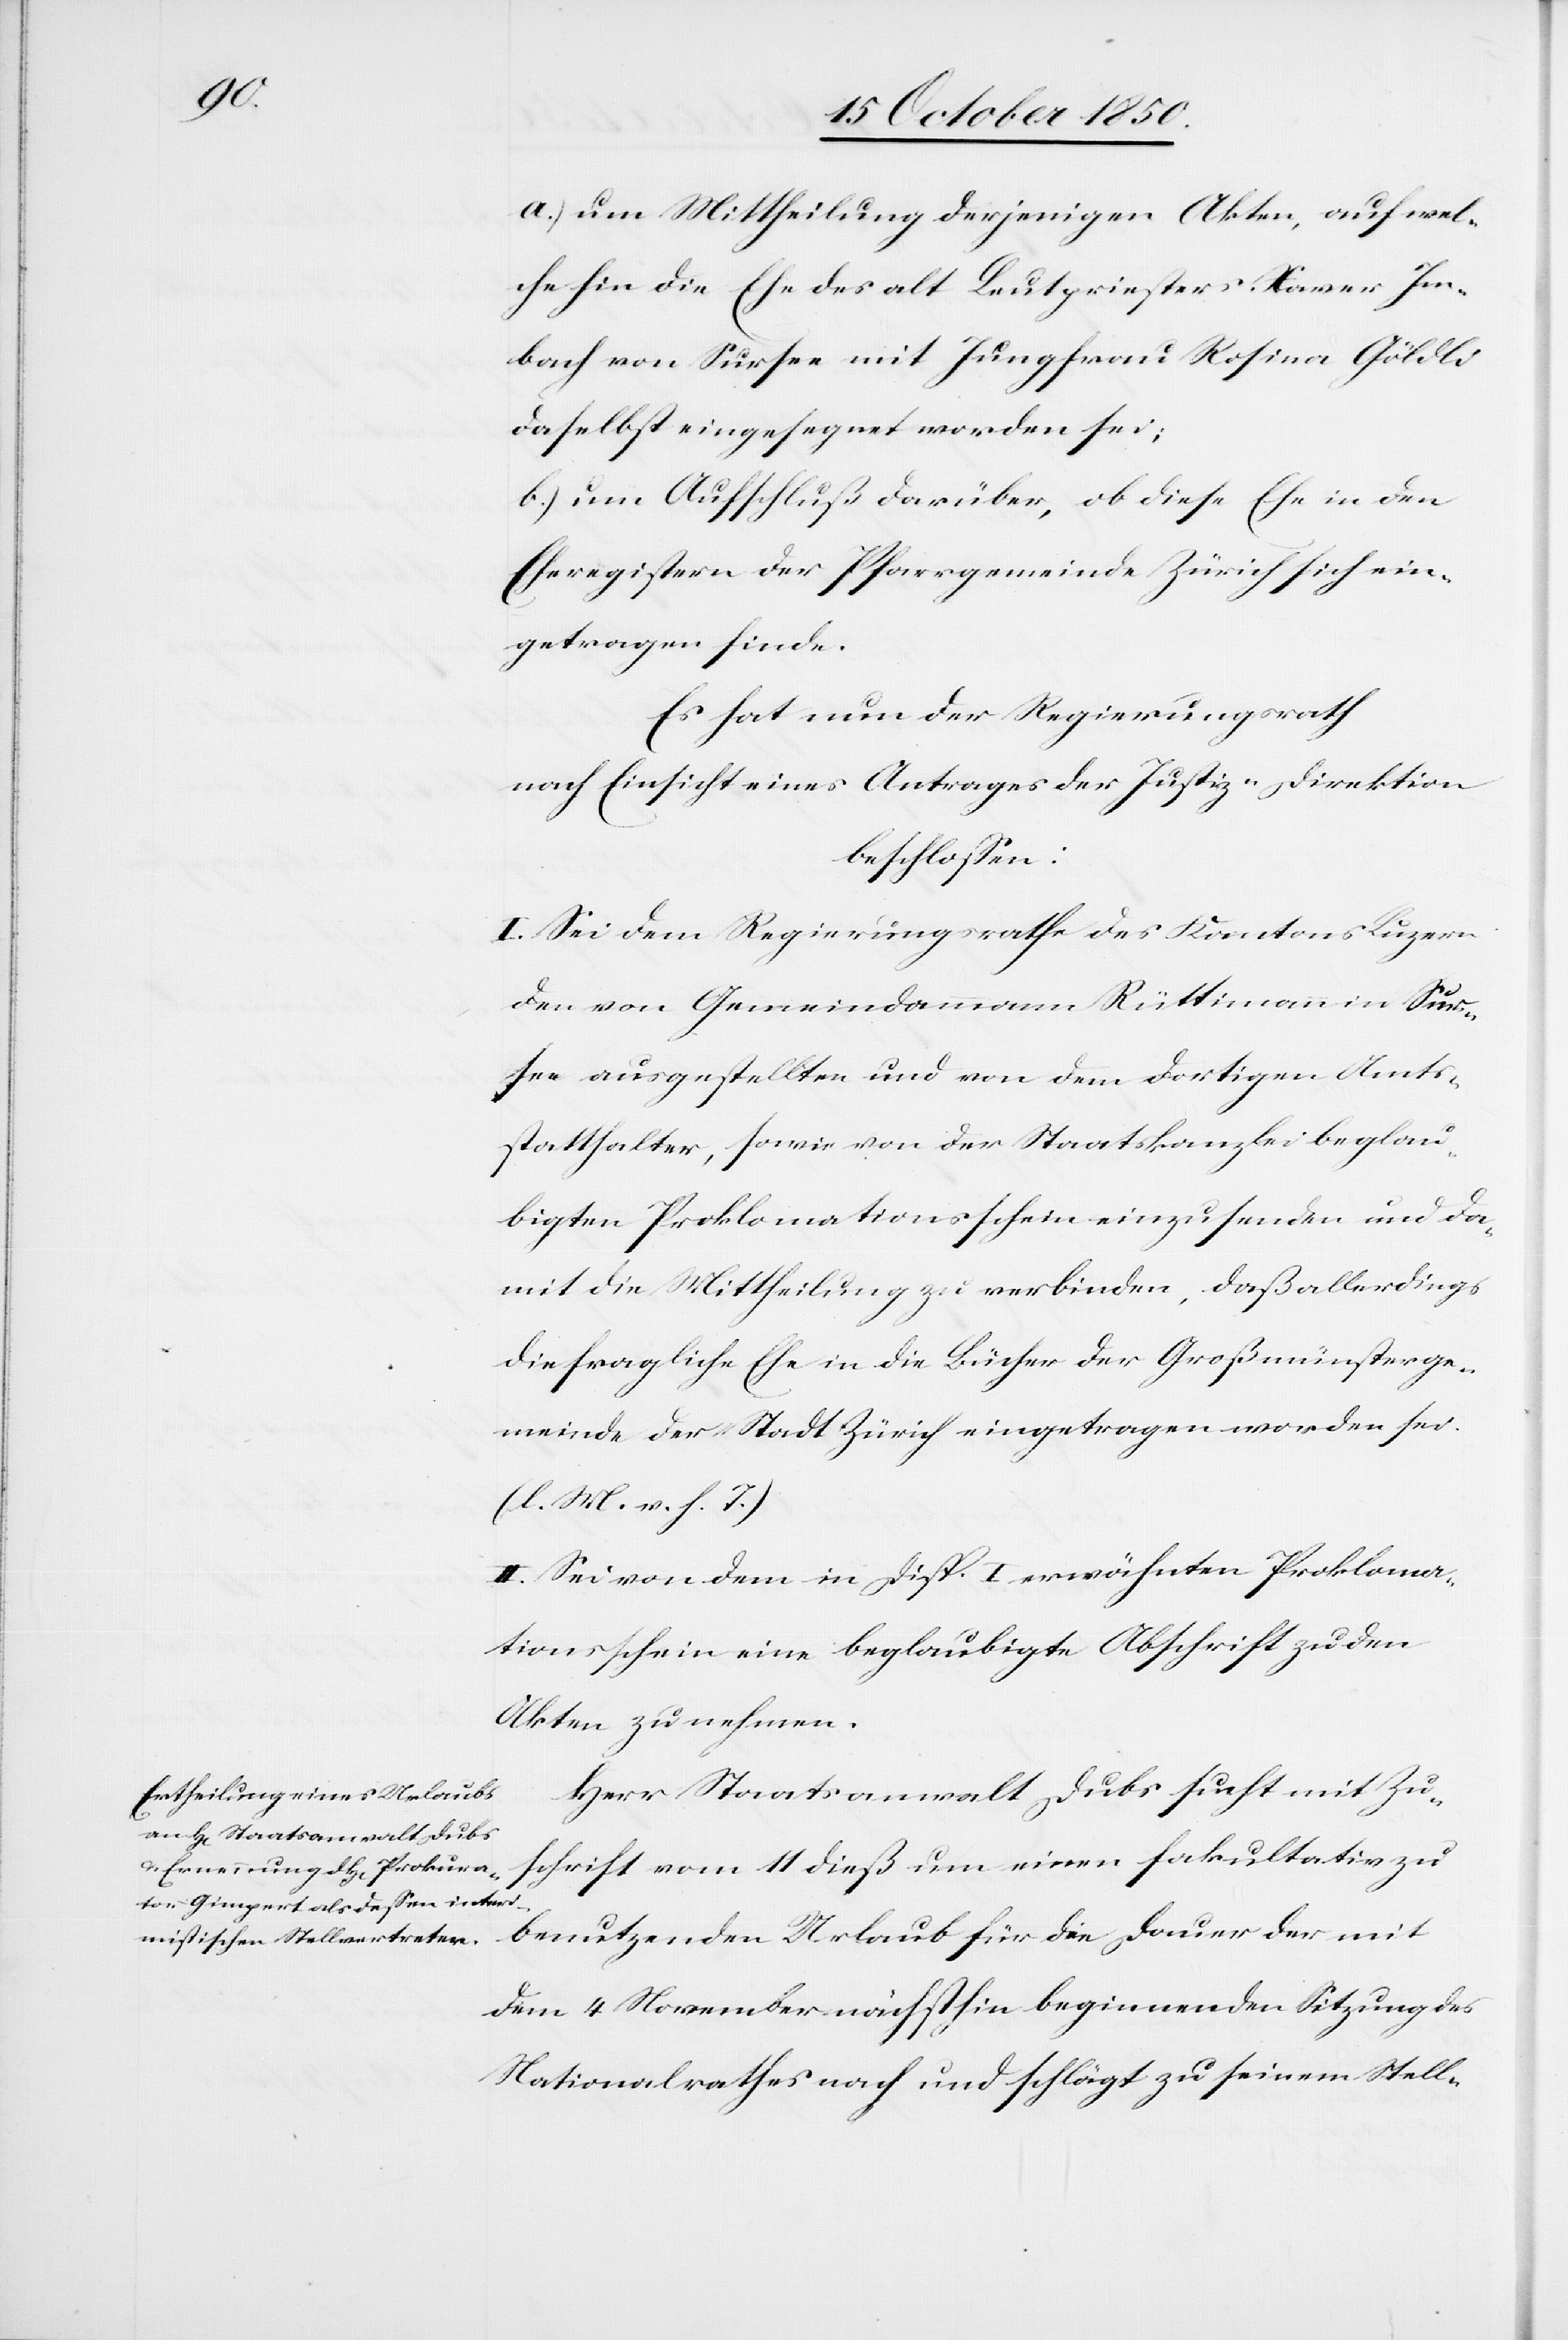
a.) um Mittheilung derjenigen Akten, auf wel¬
che hin die Ehe des alt Leutpriesters Xaver Im¬
bach von Sursee mit Jungfrau Rosina Göldli
daselbst eingesegnet worden sei;
b.) um Aufschluß darüber, ob diese Ehe in den
Eheregistern der Pfarrgemeinde Zürich sich ein¬
getragen finde.
Es hat nun der Regierungsrath
nach Einsicht eines Antrages der Justiz-Direktion
beschlossen.
I. Sei dem Regierungsrathe des Kantons Luzern
der] von Gemeindammann Rüttimann in Sur¬
see ausgestellten und von dem dortigen Amts¬
statthalter, sowie von der Staatskanzlei beglau¬
bigten Proklamationsschein einzusenden und da¬
mit die Mittheilung zu verbinden, daß allerdings
die fragliche Ehe in die Bücher der Großmünsterge¬
meinde der Stadt Zürich eingetragen worden sei.
(l. M. v. h. T.)
II. Sei von dem in Disp. I erwähnten Proklama¬
tionsschein eine beglaubigte Abschrift zu den
Akten zu nehmen.
Herr Staatsanwalt Dubs sucht mit Zu¬
schrift vom 11 dieß um einen fakultativ zu
benutzenden Urlaub für die Dauer der mit
dem 4 November nächsthin beginnenden Sitzung des
Nationalrathes nach und schlägt zu seinem Stell-